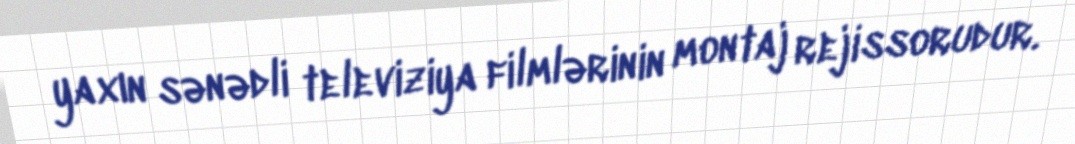
yaxın sənədli televiziya filmlərinin montaj rejissorudur.